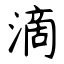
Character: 滴